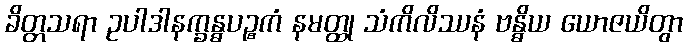
ခိတ္တသရာ ဥပါဒါနက္ခန္ဓပဉ္စကံ နမတ္ထု သံကိလိဿနံ ဗန္ဓိယ ယောဇယိတွာ